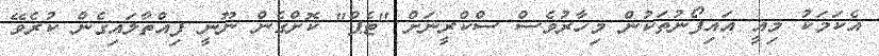
އެކަމަކު މިއީ އައިފޯނުތަކުން މިހާރުވެސް ސްކްރީނަށް "ޓެޕް" ކޮށްގެން ނޫނީ ފިއްތާލައިގެން ކުރެވޭ